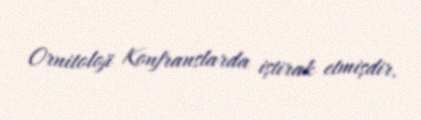
Ornitoloji Konfranslarda iştirak etmişdir.